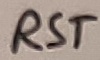
Text: RST